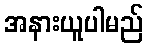
အနားယူပါမည်